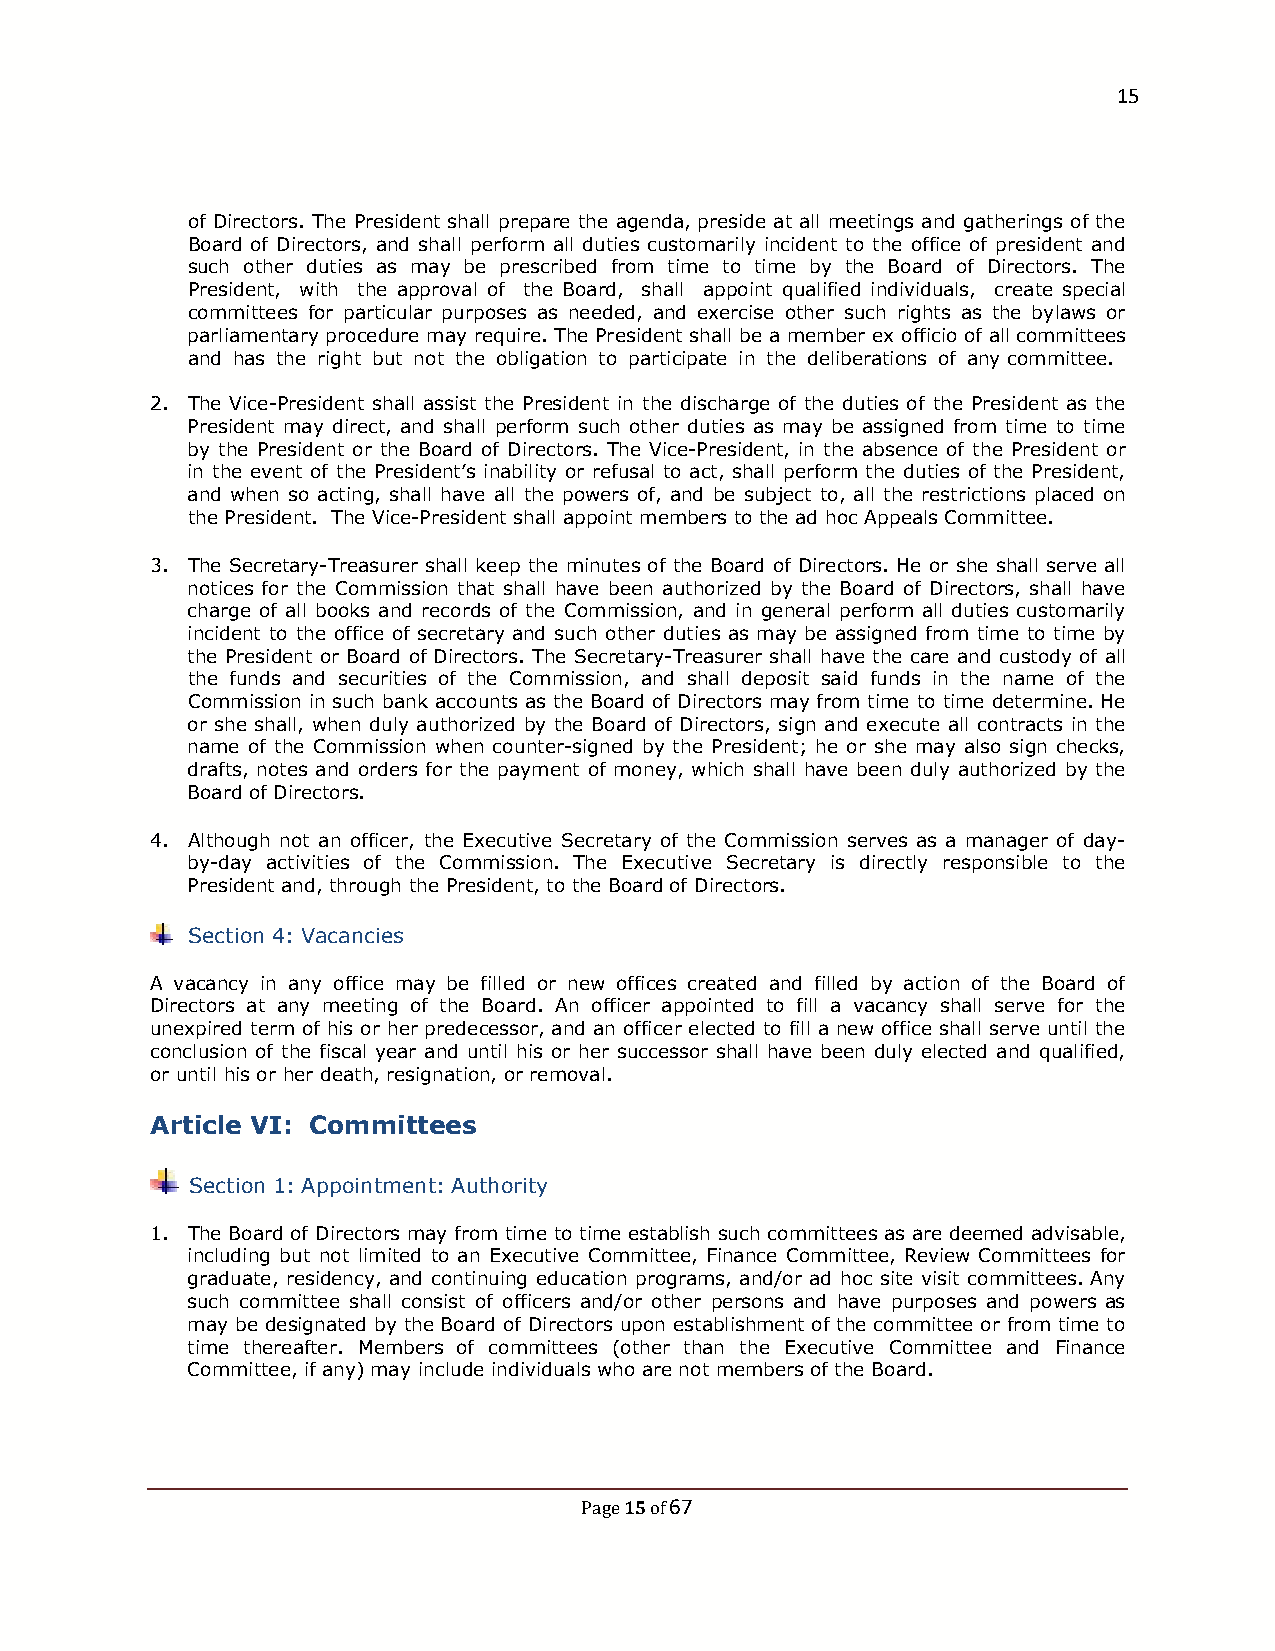
15
 of Directors. The President shall prepare the agenda, preside at all meetings and gatherings of the
 Board of Directors, and shall perform all duties customarily incident to the office of president and
 such other duties as may be prescribed from time to time by the Board of Directors. The
 President, with the approval of the Board, shall appoint qualified individuals, create special
 committees for particular purposes as needed, and exercise other such rights as the bylaws or
 parliamentary procedure may require. The President shall be a member ex officio of all committees
 and has the right but not the obligation to participate in the deliberations of any committee.
 2. The Vice-President shall assist the President in the discharge of the duties of the President as the
 President may direct, and shall perform such other duties as may be assigned from time to time
 by the President or the Board of Directors. The Vice-President, in the absence of the President or
 in the event of the President’s inability or refusal to act, shall perform the duties of the President,
 and when so acting, shall have all the powers of, and be subject to, all the restrictions placed on
 the President. The Vice-President shall appoint members to the ad hoc Appeals Committee.
 3. The Secretary-Treasurer shall keep the minutes of the Board of Directors. He or she shall serve all
 notices for the Commission that shall have been authorized by the Board of Directors, shall have
 charge of all books and records of the Commission, and in general perform all duties customarily
 incident to the office of secretary and such other duties as may be assigned from time to time by
 the President or Board of Directors. The Secretary-Treasurer shall have the care and custody of all
 the funds and securities of the Commission, and shall deposit said funds in the name of the
 Commission in such bank accounts as the Board of Directors may from time to time determine. He
 or she shall, when duly authorized by the Board of Directors, sign and execute all contracts in the
 name of the Commission when counter-signed by the President; he or she may also sign checks,
 drafts, notes and orders for the payment of money, which shall have been duly authorized by the
 Board of Directors.
 4. Although not an officer, the Executive Secretary of the Commission serves as a manager of day-
 by-day activities of the Commission. The Executive Secretary is directly responsible to the
 President and, through the President, to the Board of Directors.
 Section 4: Vacancies
 A vacancy in any office may be filled or new offices created and filled by action of the Board of
 Directors at any meeting of the Board. An officer appointed to fill a vacancy shall serve for the
 unexpired term of his or her predecessor, and an officer elected to fill a new office shall serve until the
 conclusion of the fiscal year and until his or her successor shall have been duly elected and qualified,
 or until his or her death, resignation, or removal.
 Article VI: Committees
 Section 1: Appointment: Authority
 1. The Board of Directors may from time to time establish such committees as are deemed advisable,
 including but not limited to an Executive Committee, Finance Committee, Review Committees for
 graduate, residency, and continuing education programs, and/or ad hoc site visit committees. Any
 such committee shall consist of officers and/or other persons and have purposes and powers as
 may be designated by the Board of Directors upon establishment of the committee or from time to
 time thereafter. Members of committees (other than the Executive Committee and Finance
 Committee, if any) may include individuals who are not members of the Board.
 15 67
 Page of